Document type: Grant
Year: 1246
Scribe: Guillem de Moneca
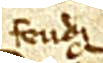
feudi